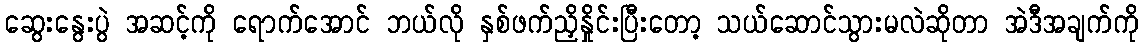
ဆွေးနွေးပွဲ အဆင့်ကို ရောက်အောင် ဘယ်လို နှစ်ဖက်ညှိနှိုင်းပြီးတော့ သယ်ဆောင်သွားမလဲဆိုတာ အဲဒီအချက်ကို